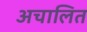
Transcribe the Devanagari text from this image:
अचालित